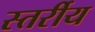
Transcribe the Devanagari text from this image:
स्तर्रीय